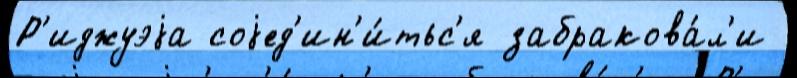
Р'иджуэjа соjед'ин'и́тьс'я забракова́л'и